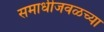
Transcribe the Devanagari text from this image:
समाधीजवळच्या